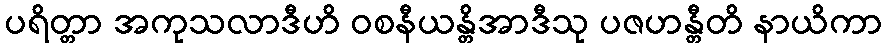
ပရိတ္တာ အကုသလာဒီဟိ ဝစနီယန္တိအာဒီသု ပဇဟန္တီတိ နာယိကာ